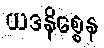
ယဒနိစ္စေန